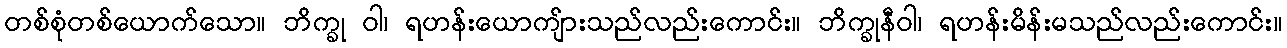
တစ်စုံတစ်ယောက်သော။ ဘိက္ခု ဝါ၊ ရဟန်းယောကျ်ားသည်လည်းကောင်း။ ဘိက္ခုနီဝါ၊ ရဟန်းမိန်းမသည်လည်းကောင်း။